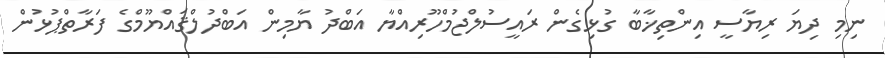
ނިމި ދިޔަ ރިޔާސީ އިންތިޚާބާ ގުޅިގެން ރައީސުލްޖުމްހޫރިއްޔާ އަބްދު ޔާމިން އަބްދުލްޤައްޔޫމްގެ ފަރާތްޕުޅުން